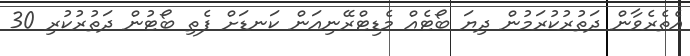
އެތެރެވާން ދަތުރުކުރަމުން ދިޔަ ބޯޓެއް މެޑިޓްރޭނިއަން ކަނޑަށް ފެތި ބޯޓުން ދަތުރުކުރި 30